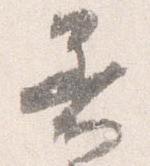
着